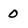
Character: 0